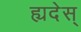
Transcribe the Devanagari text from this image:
ह्यदेस्